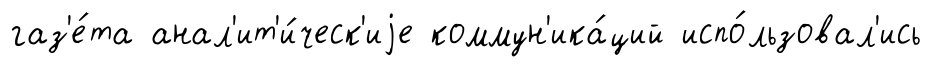
газ'е́та анал'ит'и́ческ'иjе коммун'ика́ций испо́льзовал'ись